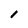
Character: I